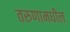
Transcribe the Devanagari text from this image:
तरुणामधील